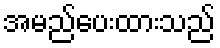
အမည်ပေးထားသည်